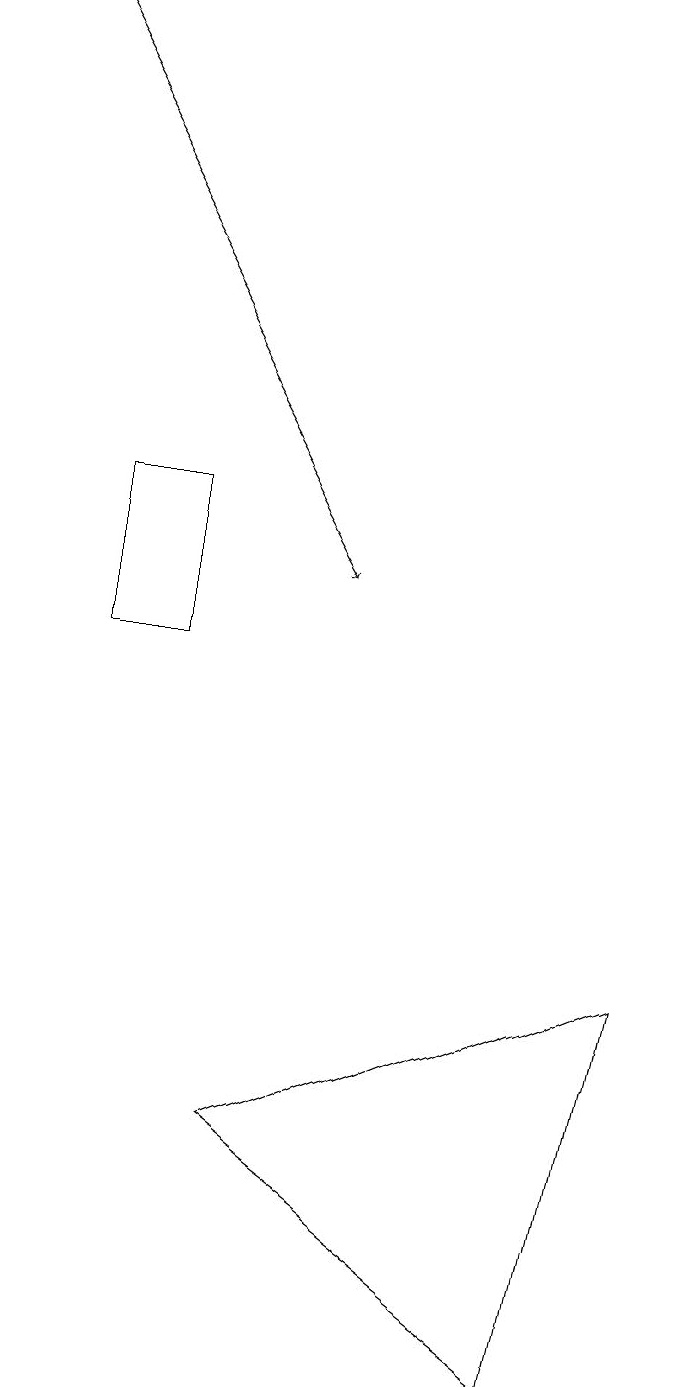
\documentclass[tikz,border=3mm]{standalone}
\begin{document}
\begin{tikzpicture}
\draw[->] (1,18) -- (5,11);
\draw (4,4) -- (8,1) -- (9,6) -- cycle;
\draw (3,10) rectangle (2,12);
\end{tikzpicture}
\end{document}